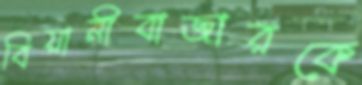
বিয়ানীবাজারকে